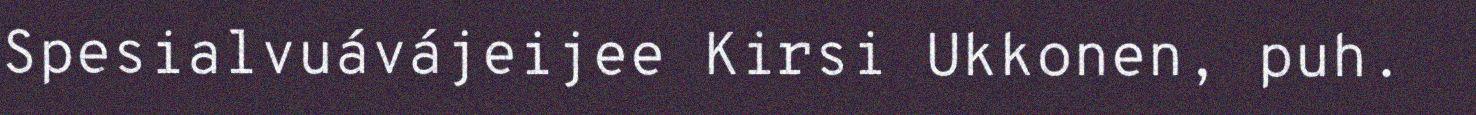
Spesialvuávájeijee Kirsi Ukkonen, puh.